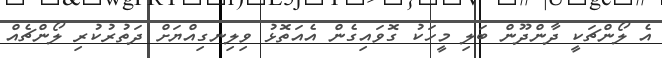
އެ ލޯންޗަކީ ދާންދޫން ބަލި މީހަކު ގޮވައިގެން އެއަތޮޅު ވިލިނގިއްޔަށް ދަތުރުކުރި ލޯންޗެއް